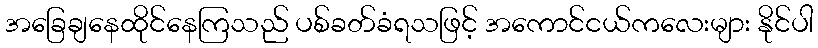
အခြေချနေထိုင်နေကြသည် ပစ်ခတ်ခံရသဖြင့် အကောင်ငယ်ကလေးများ နိုင်ပါ